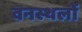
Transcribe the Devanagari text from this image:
वनस्थलों